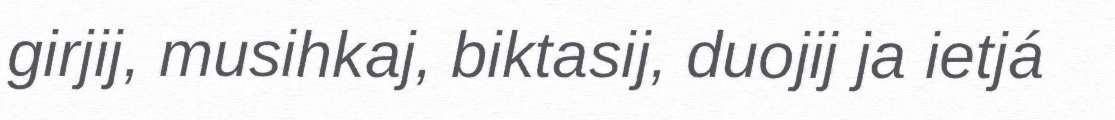
girjij, musihkaj, biktasij, duojij ja ietjá